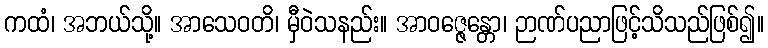
ကထံ၊ အဘယ်သို့။ အာသေဝတိ၊ မှီဝဲသနည်း။ အာဝဇ္ဇေန္တော၊ ဉာဏ်ပညာဖြင့်သိသည်ဖြစ်၍။